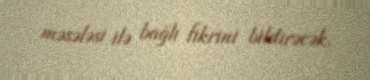
məsələsi ilə bağlı fikrini bildirəcək.